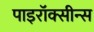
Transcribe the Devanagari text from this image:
पाइरॉक्सीन्स